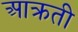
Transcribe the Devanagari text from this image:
आक्रती